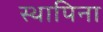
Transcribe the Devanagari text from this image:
स्थापिना